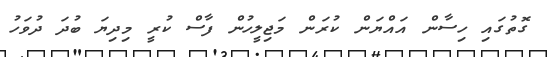
ގޮތުގައި ހިސާން އައްޔަން ކުރަން މަޖިލީހުން ފާސް ކުރީ މިދިޔަ ބުދަ ދުވަހު